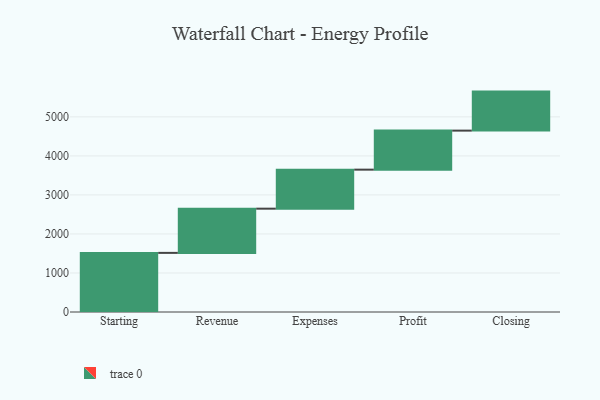
{"axis": {"x": "Step", "y": "Value"}, "legend": [""], "data": [{"x": "Starting", "y": 1515.0, "type": ""}, {"x": "Revenue", "y": 1133.0, "type": ""}, {"x": "Expenses", "y": 1000, "type": ""}, {"x": "Profit", "y": 1000, "type": ""}, {"x": "Closing", "y": 1000, "type": ""}]}